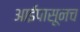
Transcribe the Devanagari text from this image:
आईपासूनच